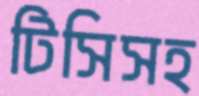
টিসিসহ